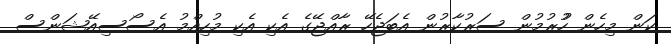
ކަން މިހެން ހުުރުމުން ސަރުކާރުން އެބަޖެހޭ ރާއްޖޭގެ އެކި އެކި މުހިއްމު އެސޯސިއޭޝަންސް